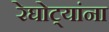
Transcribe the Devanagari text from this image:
रेघोट्यांना